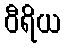
ဝီရိယ